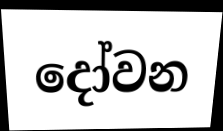
දෝවන